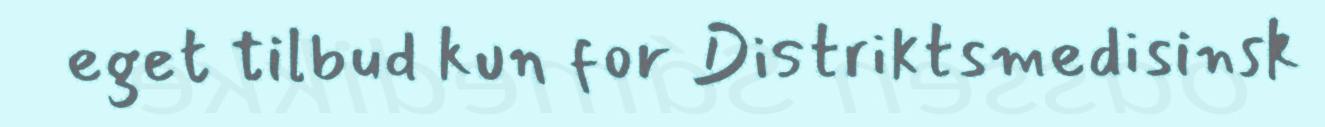
eget tilbud kun for Distriktsmedisinsk